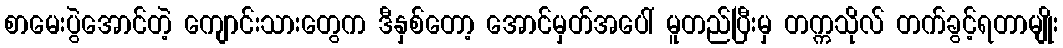
စာမေးပွဲအောင်တဲ့ ကျောင်းသားတွေက ဒီနှစ်တော့ အောင်မှတ်အပေါ် မူတည်ပြီးမှ တက္ကသိုလ် တက်ခွင့်ရတာမျိုး